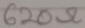
Text: 620Ω